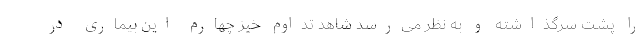
را پشت سرگذاشته و به نظر می‌رسد شاهد تداوم خیز چهارم این بیماری در